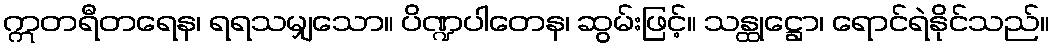
ဣတရီတရေန၊ ရရသမျှသော။ ပိဏ္ဍပါတေန၊ ဆွမ်းဖြင့်။ သန္ထုဋ္ဌော၊ ရောင်ရဲနိုင်သည်။